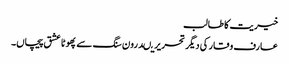
خیریت کا طالب
عارف وقار کی دیگر تحریریںدرون سنگ سے پھوٹا عشق پیچاں۔